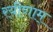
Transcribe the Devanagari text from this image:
रयीणाम्